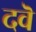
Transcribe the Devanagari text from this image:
दवॆ